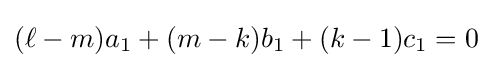
(\ell -m)a_{1}+(m-k)b_{1}+(k-1)c_{1}=0